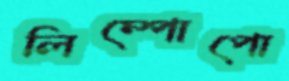
লিম্পোপো